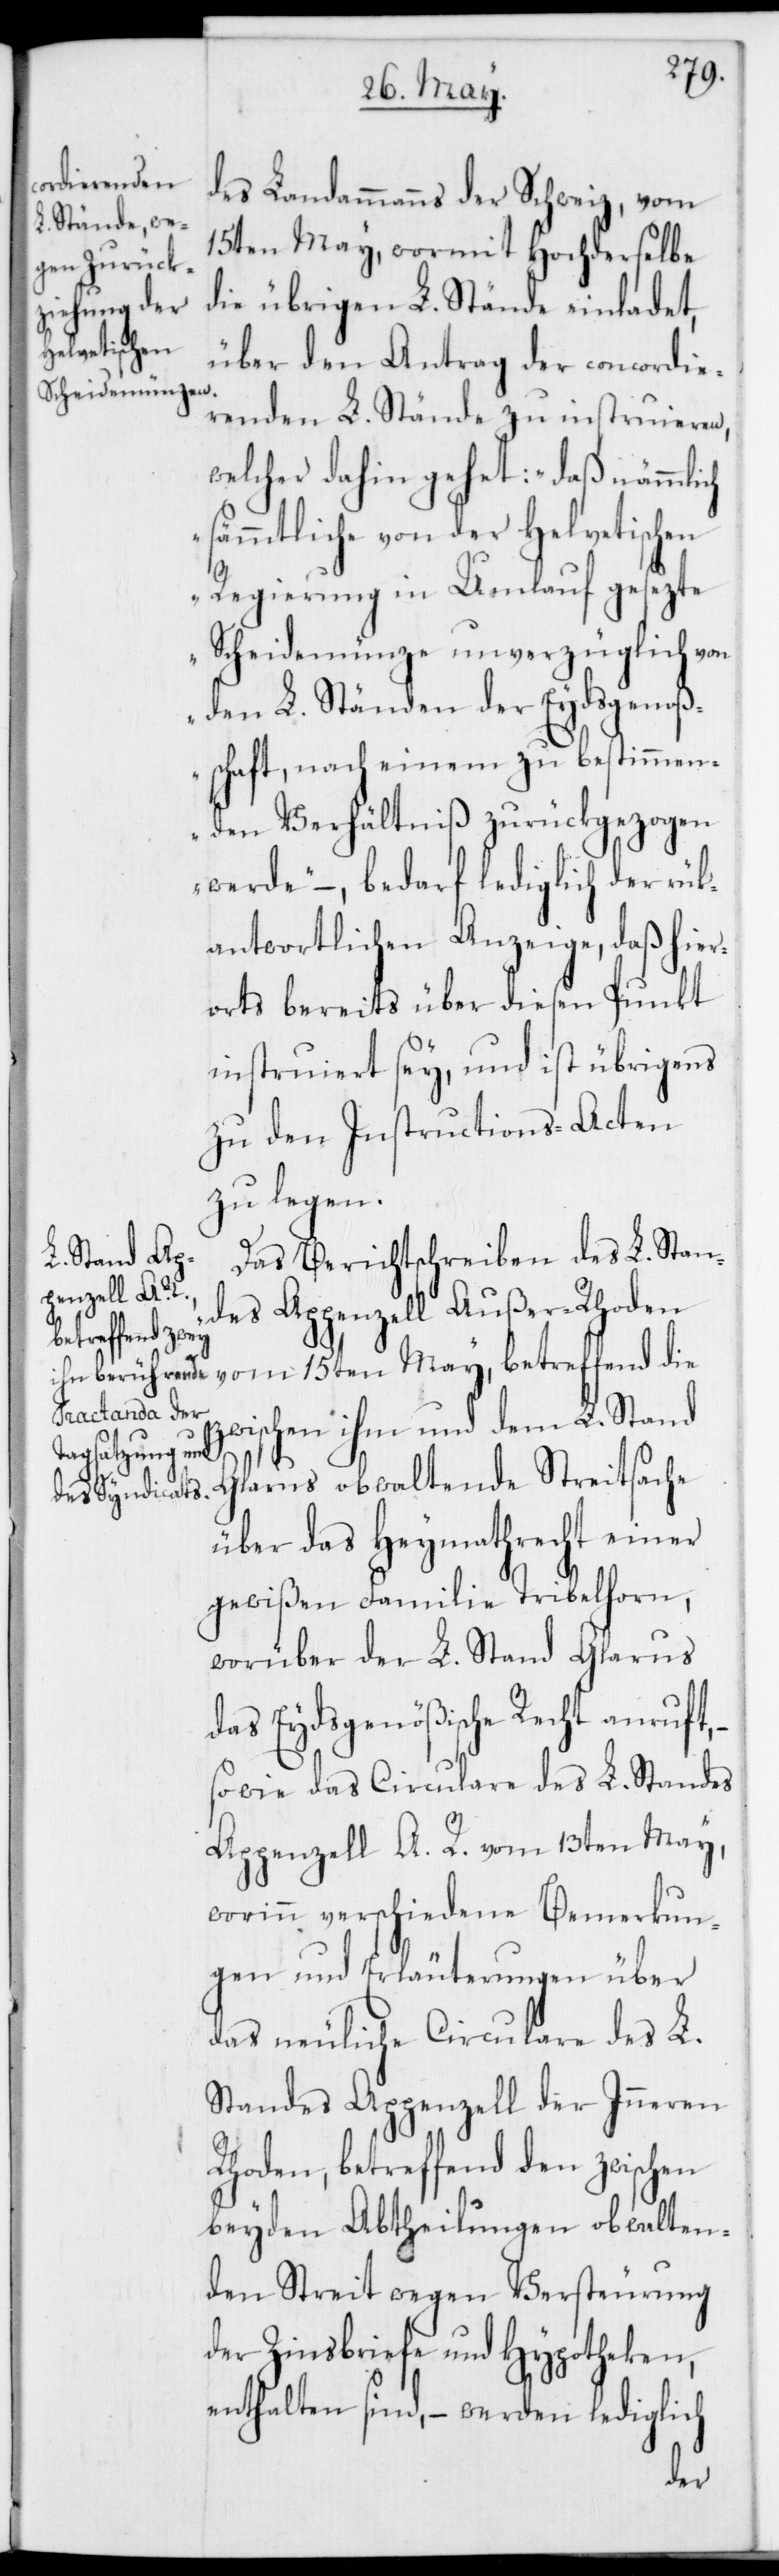
des Landammanns der Schweiz vom
15ten May, wormit Hochderselbe
die übrigen L. Stände einladet,
über den Antrag der concordie¬
renden L. Stände zu instruieren,
welcher dahin gehet: „daß nämmlich
sämmtliche von der Helvetischen
Regierung in Umlauf gesezte
Scheidemünze unverzüglich von
den L. Ständen der Eydsgenoße¬
nschaft, nach einem zu bestimmen¬
den Verhältniß zurückgezogen
werde“, – bedarf lediglich der rük¬
antwortlichen Anzeige, daß hier¬
orts bereits über diesen Punkt
instruiert sey, und ist übrigens
zu den Instructions-Acten
zu legen.
Das Berichtschreiben des L. Stan¬
des Appenzell Außer-Rhoden
vom 15ten May, betreffend die
zwischen ihm und dem L. Stand
Glarus obwaltende Streitsache
über das Heymathrecht einer
gewißen Familie Tribelhorn,
worüber der L. Stand Glarus
das Eydsgenößische Recht anruft,
sowie das Circulare des L. Standes
Appenzell A. R. vom 13ten May,
worinn verschiedene Bemerkun¬
gen und Erläuterungen über
das neuliche Circulare des L.
Standes Appenzell der Inneren
Rhoden, betreffend den zwischen
beyden Abtheilungen obwalten¬
den Streit wegen Versteurung
der Zinsbriefe und Hypotheken,
enthalten sind, – werden lediglich